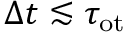
\Delta t \lesssim \tau _ { \mathrm { o t } }